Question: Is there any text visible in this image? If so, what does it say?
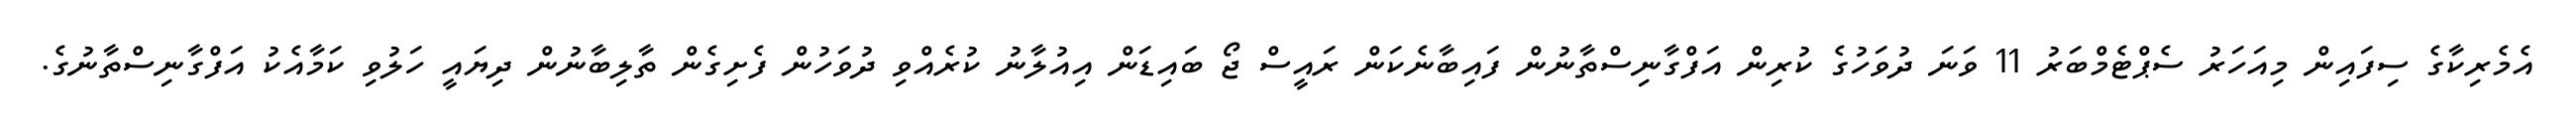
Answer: އެމެރިކާގެ ސިފައިން މިއަހަރު ސެޕްޓެމްބަރު 11 ވަނަ ދުވަހުގެ ކުރިން އަފްގާނިސްތާނުން ފައިބާނެކަން ރައީސް ޖޯ ބައިޑަން އިއުލާނު ކުރެއްވި ދުވަހުން ފެށިގެން ތާލިބާނުން ދިޔައީ ހަލުވި ކަމާއެކު އަފްގާނިސްތާނުގެ.